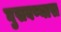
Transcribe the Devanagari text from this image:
घुसवण्यास